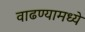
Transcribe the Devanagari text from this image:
वाढण्यामध्ये